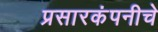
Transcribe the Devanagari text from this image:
प्रसारकंपनीचे